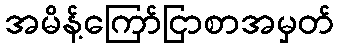
အမိန့်ကြော်ငြာစာအမှတ်